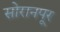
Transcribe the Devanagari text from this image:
सोरानपूर